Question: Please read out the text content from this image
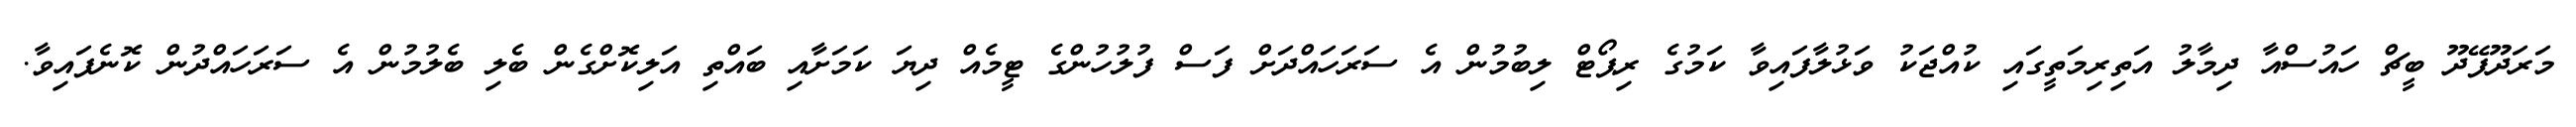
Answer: މަރަދޫފޭދޫ ބީޗް ހައުސްއާ ދިމާލު އަތިރިމަތީގައި ކުއްޖަކު ވަޅުލާފައިވާ ކަމުގެ ރިޕޯޓް ލިބުމުން އެ ސަރަހައްދަށް ފަސް ފުލުހުންގެ ޓީމެއް ދިޔަ ކަމަށާއި ބައްތި އަލިކޮށްގެން ބެލި ބެލުމުން އެ ސަރަހައްދުން ކޮނެފައިވާ.